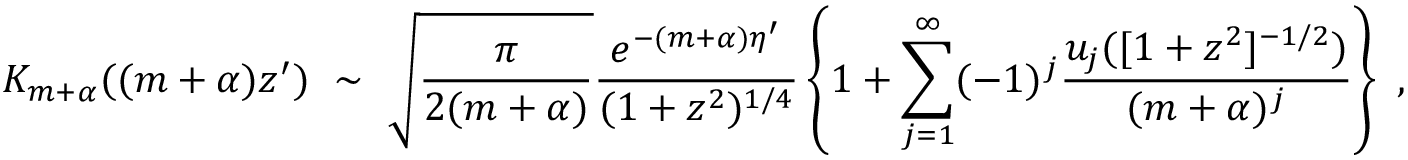
K _ { m + \alpha } ( ( m + \alpha ) z ^ { \prime } ) \ \sim \ \sqrt { \frac { \pi } { 2 ( m + \alpha ) } } \frac { e ^ { - ( m + \alpha ) \eta ^ { \prime } } } { ( 1 + z ^ { 2 } ) ^ { 1 / 4 } } \left\{ 1 + \sum _ { j = 1 } ^ { \infty } ( - 1 ) ^ { j } \frac { u _ { j } ( [ 1 + z ^ { 2 } ] ^ { - 1 / 2 } ) } { ( m + \alpha ) ^ { j } } \right\} \ ,